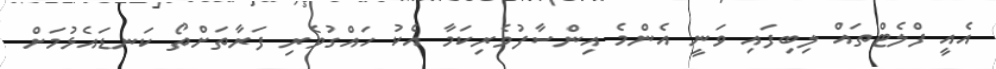
އެއީ ފްލެޓްތައް ލިބިފައި ވަނީ އެންމެ އިންސާފުވެރިކަމާ އެކު ހައްގުވެރި ފަރާތަށްތޯ ކަނޑައެޅުމަށް